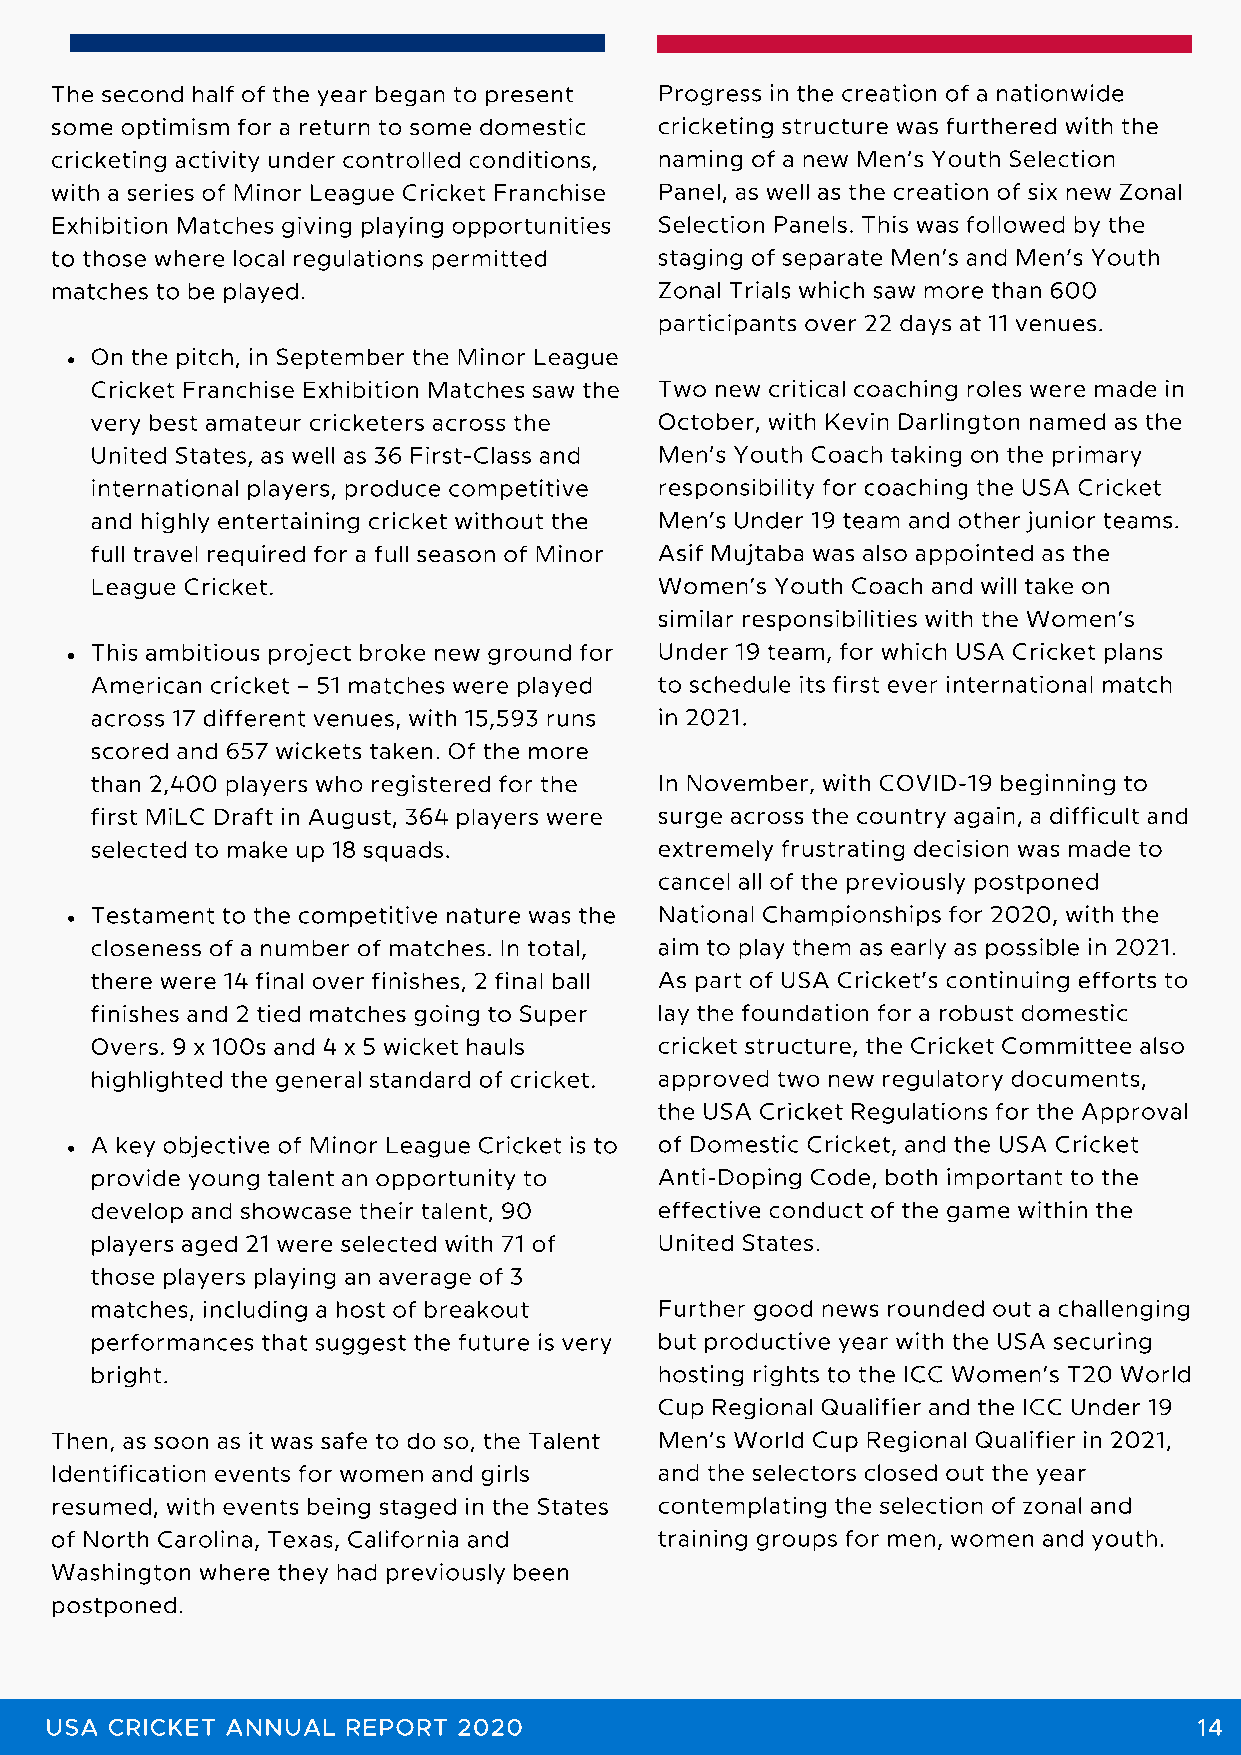
The second half of the year began to present Progress in the creation of a nationwide
 some optimism for a return to some domestic cricketing structure was furthered with the
 cricketing activity under controlled conditions, naming of a new Men’s Youth Selection
 with a series of Minor League Cricket Franchise Panel, as well as the creation of six new Zonal
 Exhibition Matches giving playing opportunities Selection Panels. This was followed by the
 to those where local regulations permitted staging of separate Men’s and Men’s Youth
 matches to be played.                    Zonal Trials which saw more than 600
 participants over 22 days at 11 venues.
 On the pitch, in September the Minor League
 Cricket Franchise Exhibition Matches saw the Two new critical coaching roles were made in
 very best amateur cricketers across the October, with Kevin Darlington named as the
 United States, as well as 36 First-Class and Men’s Youth Coach taking on the primary
 international players, produce competitive responsibility for coaching the USA Cricket
 and highly entertaining cricket without the Men’s Under 19 team and other junior teams.
 full travel required for a full season of Minor Asif Mujtaba was also appointed as the
 League Cricket.                       Women’s Youth Coach and will take on
 similar responsibilities with the Women’s
 This ambitious project broke new ground for Under 19 team, for which USA Cricket plans
 American cricket – 51 matches were played to schedule its first ever international match
 across 17 different venues, with 15,593 runs in 2021.
 scored and 657 wickets taken. Of the more
 than 2,400 players who registered for the In November, with COVID-19 beginning to
 first MiLC Draft in August, 364 players were surge across the country again, a difficult and
 selected to make up 18 squads.        extremely frustrating decision was made to
 cancel all of the previously postponed
 Testament to the competitive nature was the National Championships for 2020, with the
 closeness of a number of matches. In total, aim to play them as early as possible in 2021.
 there were 14 final over finishes, 2 final ball As part of USA Cricket’s continuing efforts to
 finishes and 2 tied matches going to Super lay the foundation for a robust domestic
 Overs. 9 x 100s and 4 x 5 wicket hauls cricket structure, the Cricket Committee also
 highlighted the general standard of cricket. approved two new regulatory documents,
 the USA Cricket Regulations for the Approval
 A key objective of Minor League Cricket is to of Domestic Cricket, and the USA Cricket
 provide young talent an opportunity to Anti-Doping Code, both important to the
 develop and showcase their talent, 90 effective conduct of the game within the
 players aged 21 were selected with 71 of United States.
 those players playing an average of 3
 matches, including a host of breakout Further good news rounded out a challenging
 performances that suggest the future is very but productive year with the USA securing
 bright.                               hosting rights to the ICC Women’s T20 World
 Cup Regional Qualifier and the ICC Under 19
 Then, as soon as it was safe to do so, the Talent Men’s World Cup Regional Qualifier in 2021,
 Identification events for women and girls and the selectors closed out the year
 resumed, with events being staged in the States contemplating the selection of zonal and
 of North Carolina, Texas, California and training groups for men, women and youth.
 Washington where they had previously been
 postponed.
 USA CRICKET ANNUAL  REPORT 2020                                             14